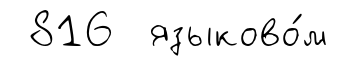
816 языково́м